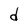
Character: d